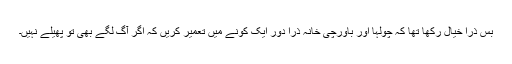
بس ذرا خیال رکھا تھا کہ چولہا اور باورچی خانہ ذرا دور ایک کونے میں تعمیر کریں کہ اگر آگ لگے بھی تو پھیلے نہیں۔